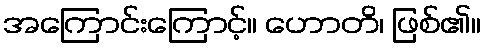
အကြောင်းကြောင့်။ ဟောတိ၊ ဖြစ်၏။